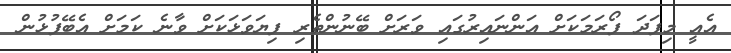
އެއީ މިފަދަ ފޯރަމަކަށް އަންނައިރުގައި ވަރަށް ބޭނުންތެރި ފިޔަވަޅަކަށް ވާނެ ކަމަށް އެބޭފުޅުން